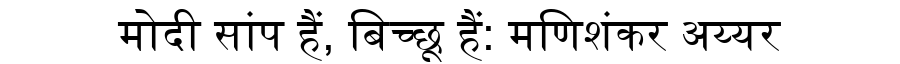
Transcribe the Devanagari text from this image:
मोदी सांप हैं, बिच्छू हैं: मणिशंकर अय्यर